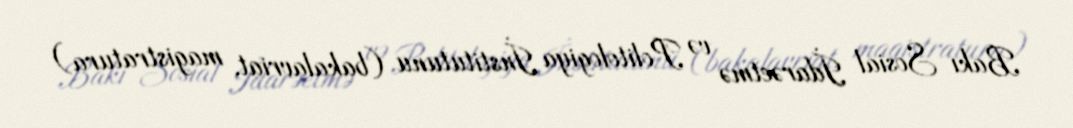
Bakı Sosial İdarəetmə və Politologiya İnstitutunu (bakalavriat, magistratura)